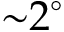
{ \sim } 2 ^ { \circ }